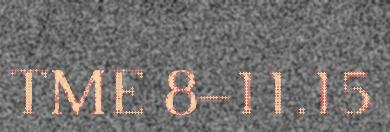
TME 8–11.15